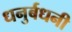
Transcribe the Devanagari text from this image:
धनुर्बधनी